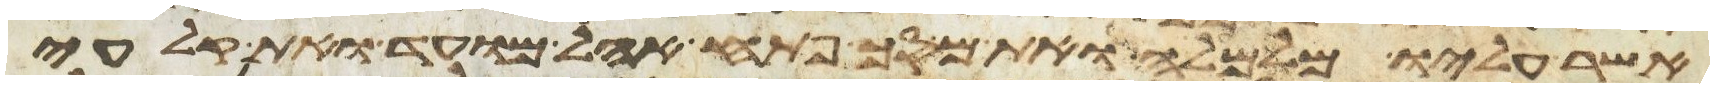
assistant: אשר עליו מלמעלה ואת מסך פתח אהל מועד ואת קלעי